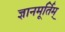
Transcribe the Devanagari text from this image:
ज्ञानमूर्तिम्